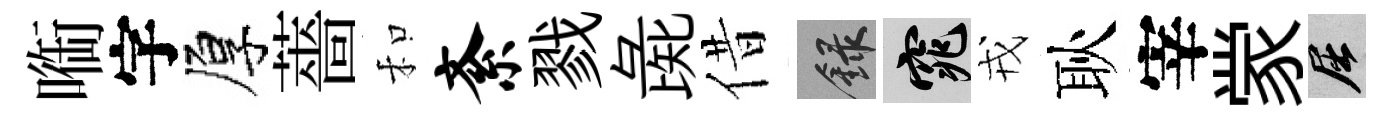
㗸字厚薔和紊戮彘借録窕戎耿宰䝉屈